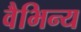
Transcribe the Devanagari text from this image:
वैभिन्य